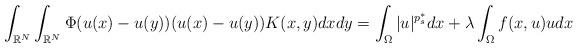
LaTeX: \begin{align*}\int_{\mathbb{R}^N}\int_{\mathbb{R}^N}\Phi(u(x)-u(y))(u(x)-u(y))K(x,y)dxdy =\int_\Omega |u|^{p^{\ast}_{s}}dx+\lambda \int_{\Omega}f(x,u)u dx\end{align*}